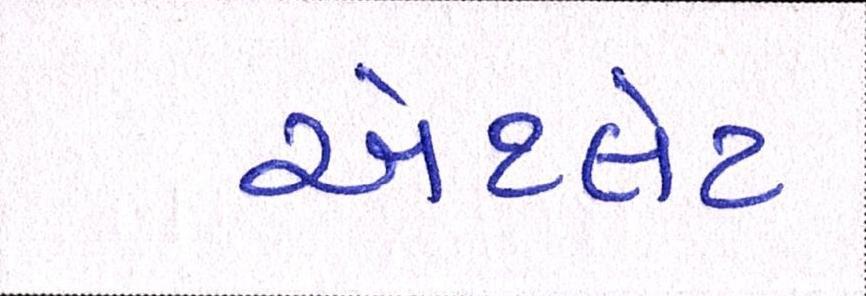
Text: એથ્લેટ